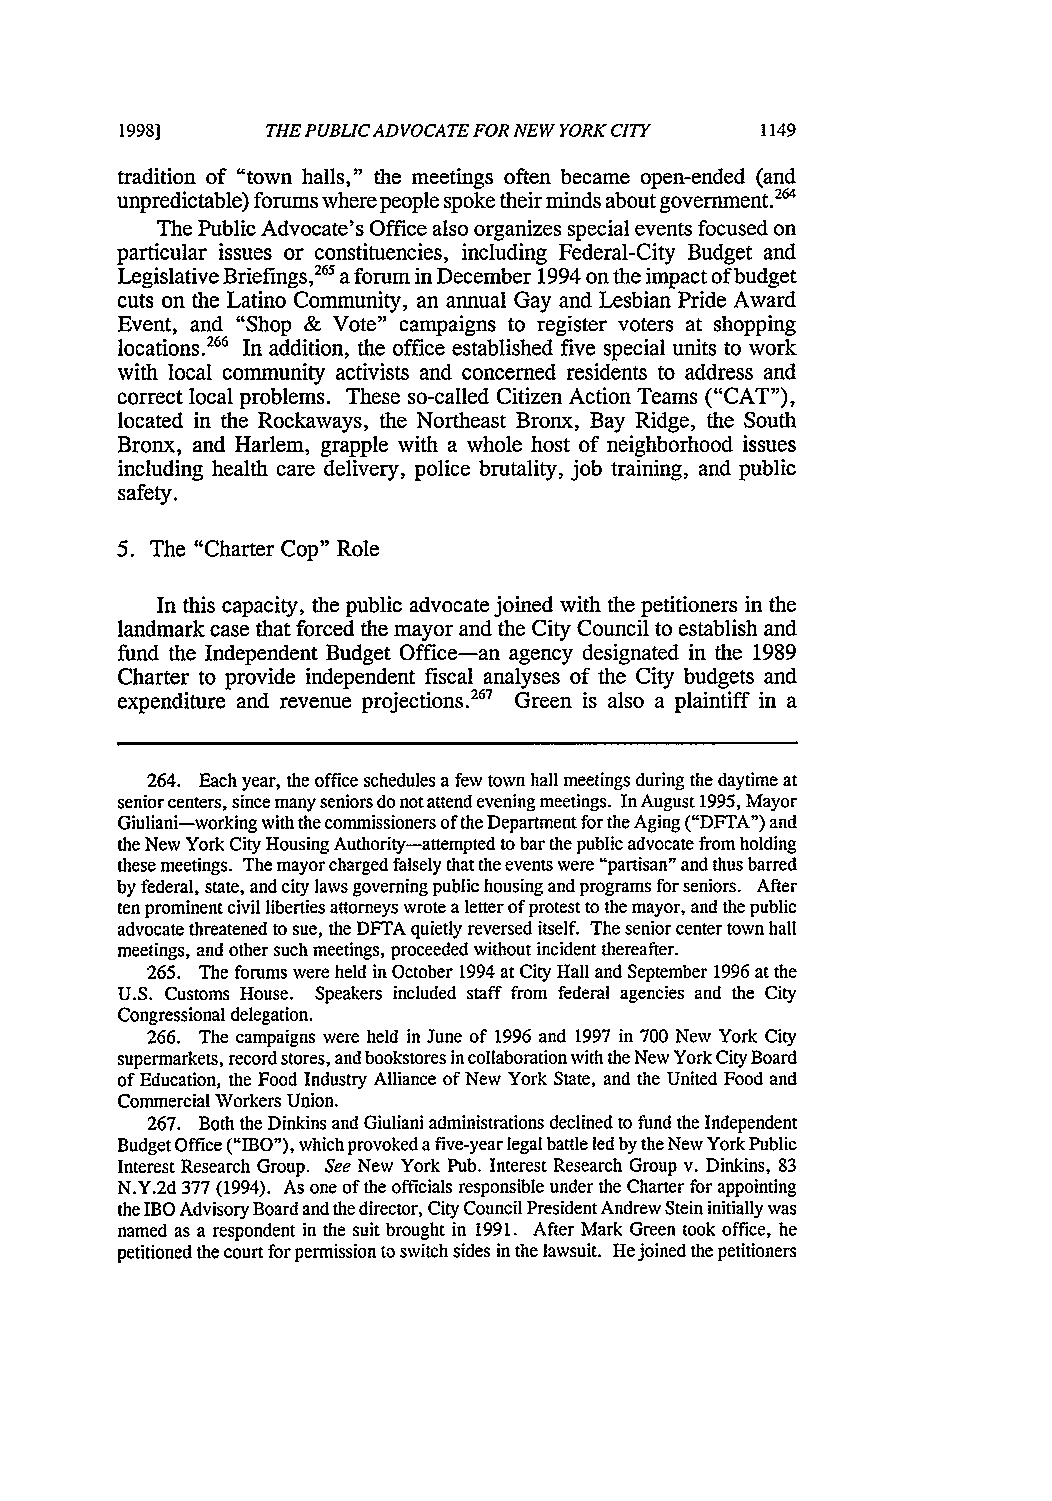
1998]     THE PUBLICA DVOCATE FOR NEW YORK CITY
 tradition of "town halls," the meetings often became open-ended (and
 unpredictable) forums where people spoke their minds about government.264
 The Public Advocate's Office also organizes special events focused on
 particular issues or constituencies, including Federal-City Budget and
 Legislative Briefings,26 5a forum in December 1994 on the impact of budget
 cuts on the Latino Community, an annual Gay and Lesbian Pride Award
 Event, and "Shop & Vote" campaigns to register voters at shopping
 locations.266 In addition, the office established five special units to work
 with local community activists and concerned residents to address and
 correct local problems. These so-called Citizen Action Teams ("CAT"),
 located in the Rockaways, the Northeast Bronx, Bay Ridge, the South
 Bronx, and Harlem, grapple with a whole host of neighborhood issues
 including health care delivery, police brutality, job training, and public
 safety.
 5. The "Charter Cop" Role
 In this capacity, the public advocate joined with the petitioners in the
 landmark case that forced the mayor and the City Council to establish and
 fund the Independent Budget Office-an agency designated in the 1989
 Charter to provide independent fiscal analyses of the City budgets and
 expenditure and revenue projections .267 Green is also a plaintiff in a
 264. Each year, the office schedules a few town hall meetings during the daytime at
 senior centers, since many seniors do not attend evening meetings. In August 1995, Mayor
 Giuliani-working with the commissioners of the Department for the Aging ("DFTA") and
 the New York City Housing Authority-attempted to bar the public advocate from holding
 these meetings. The mayor charged falsely that the events were "partisan" and thus barred
 by federal, state, and city laws governing public housing and programs for seniors. After
 ten prominent civil liberties attorneys wrote a letter of protest to the mayor, and the public
 advocate threatened to sue, the DFTA quietly reversed itself. The senior center town hall
 meetings, and other such meetings, proceeded without incident thereafter.
 265. The forums were held in October 1994 at City Hall and September 1996 at the
 U.S. Customs House. Speakers included staff from federal agencies and the City
 Congressional delegation.
 266. The campaigns were held in June of 1996 and 1997 in 700 New York City
 supermarkets, record stores, and bookstores in collaboration with the New York City Board
 of Education, the Food Industry Alliance of New York State, and the United Food and
 Commercial Workers Union.
 267. Both the Dinkins and Giuliani administrations declined to fund the Independent
 Budget Office ("IBO"), which provoked a five-year legal battle led by the New York Public
 Interest Research Group. See New York Pub. Interest Research Group v. Dinkins, 83
 N.Y.2d 377 (1994). As one of the officials responsible under the Charter for appointing
 the IBO Advisory Board and the director, City Council President Andrew Stein initially was
 named as a respondent in the suit brought in 1991. After Mark Green took office, he
 petitioned the court for permission to switch sides in the lawsuit. He joined the petitioners